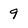
Character: 9